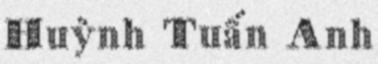
Huỳnh Tuấn Anh